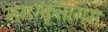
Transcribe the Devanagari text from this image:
नगरकृतागम